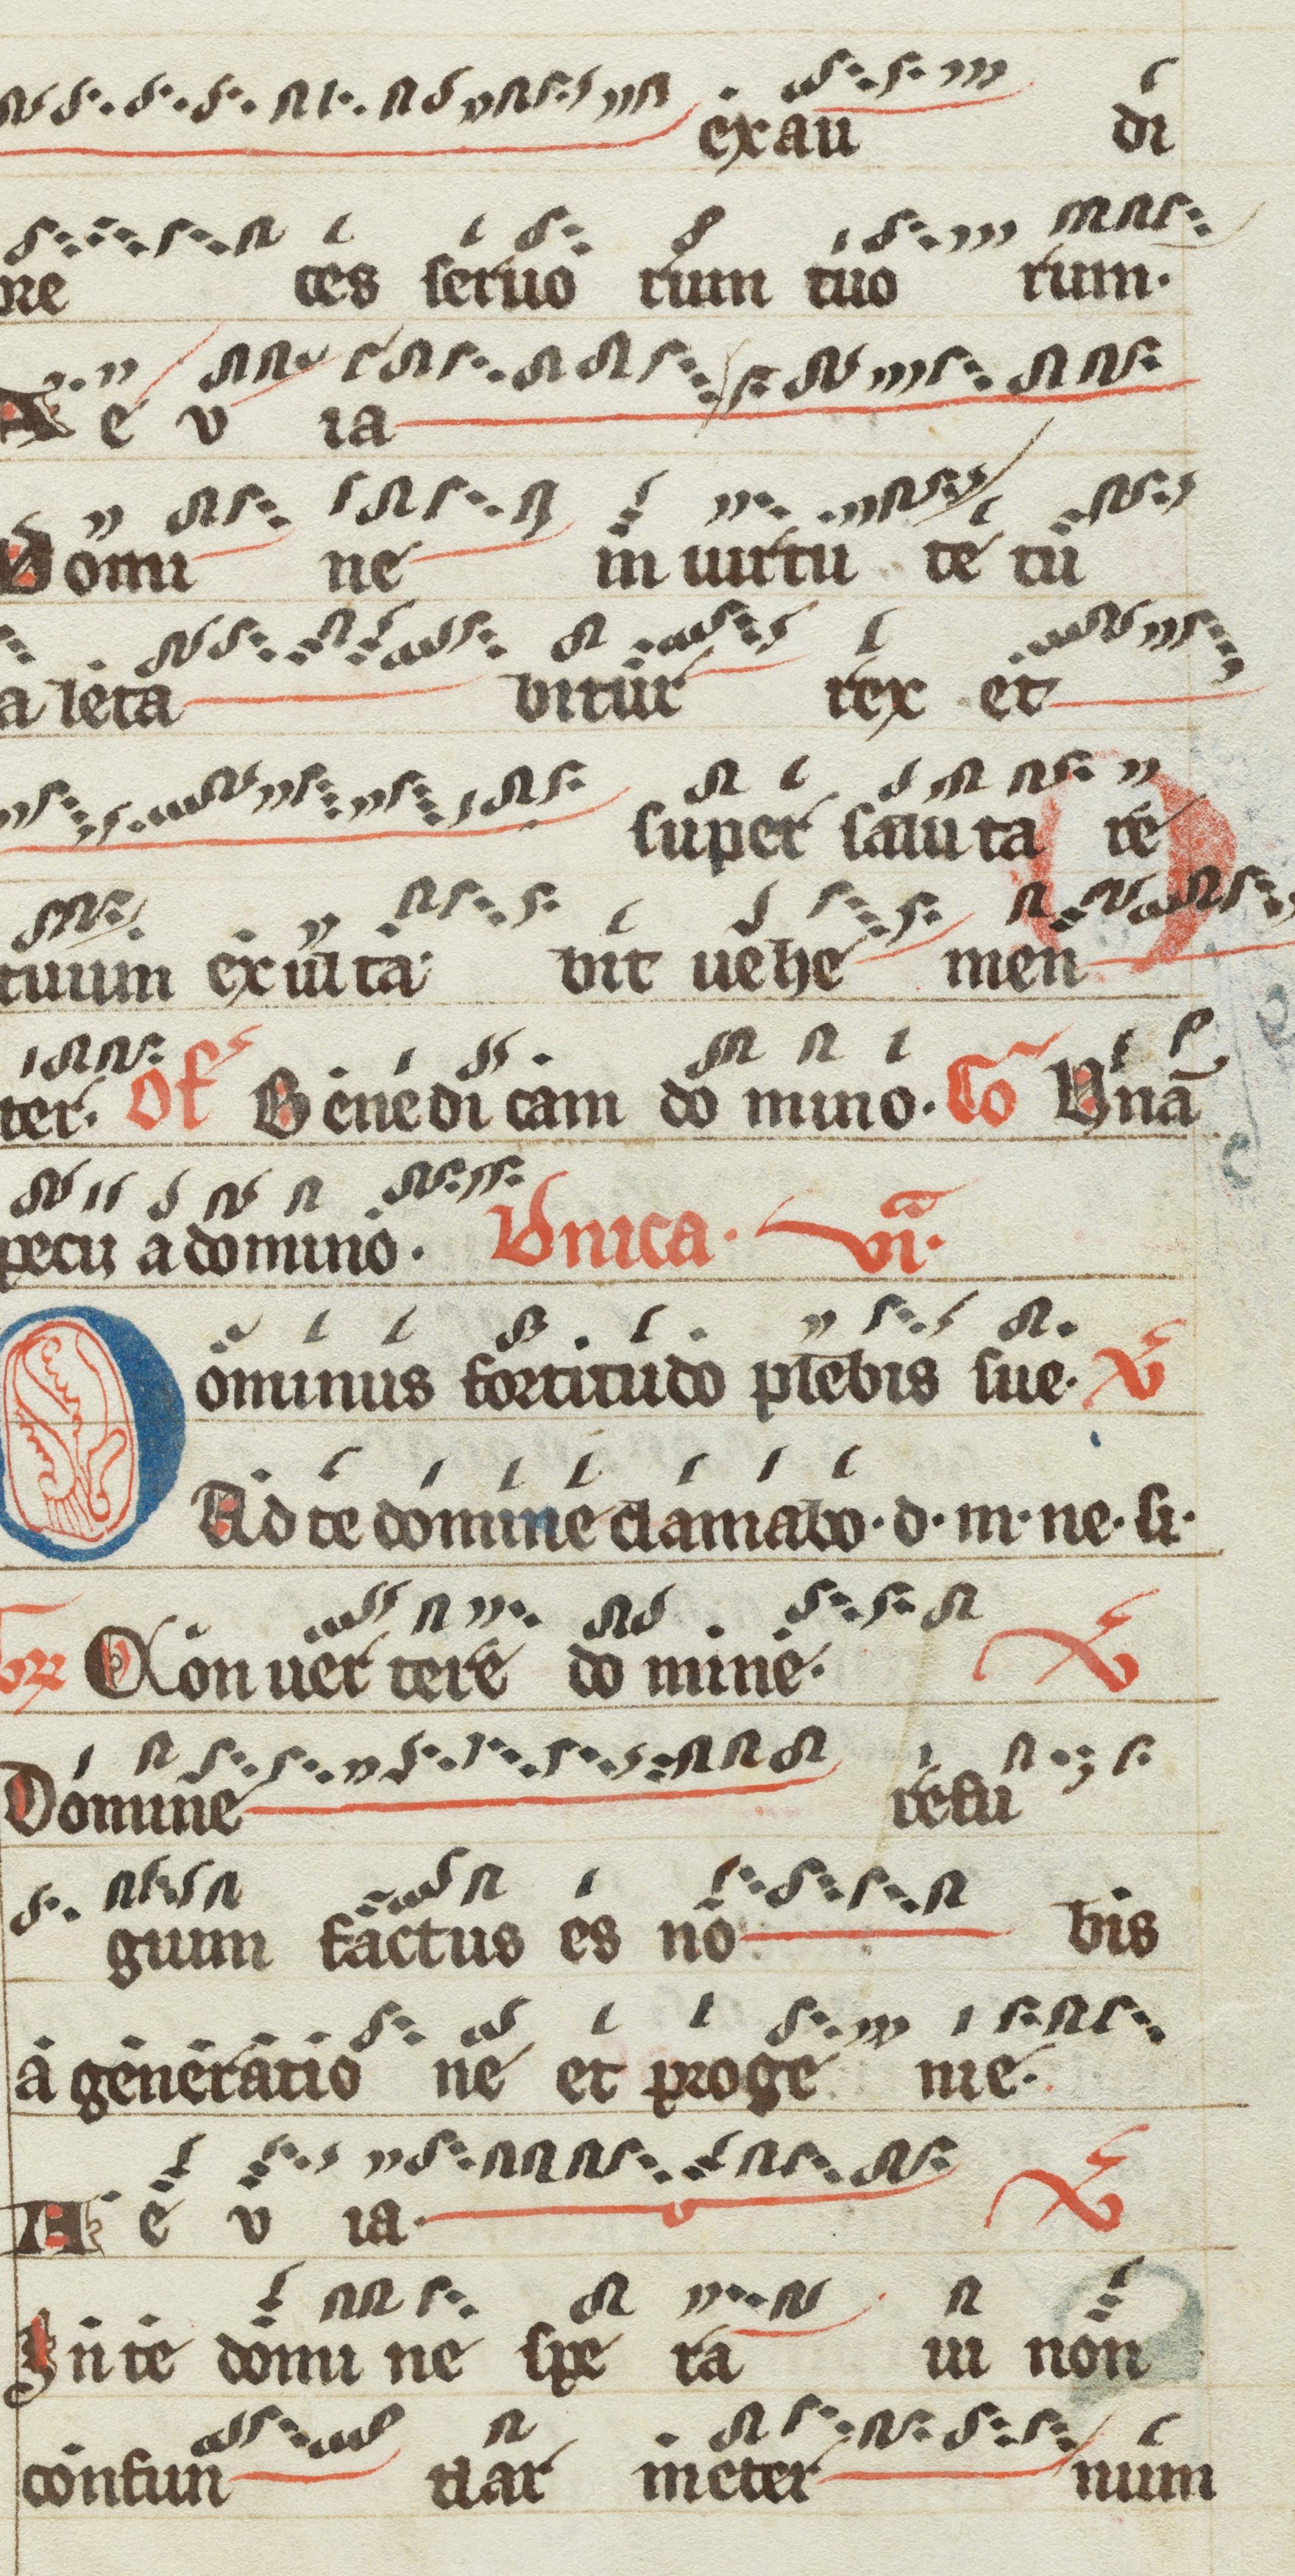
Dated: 1200–1299